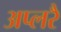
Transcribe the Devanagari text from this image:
अप्लरै